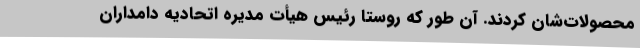
محصولات‌شان کردند. آن طور که روستا رئیس هیأت مدیره اتحادیه دامداران